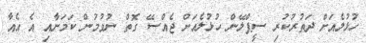
ހުޅުލެއަށް ދަތުރުކުރި ސީޕްލޭން ހުޅުލެއަށް ޖެއްސޭ ގޮތް ނުވުމުން ކަމަށާއި އެ އެއާ